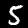
Digit: 5